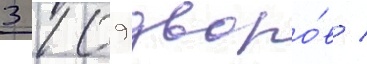
3 109 дворо́в /